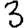
Digit: 3